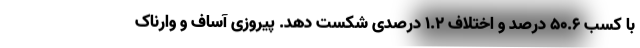
با کسب 50.6 درصد و اختلاف 1.2 درصدی شکست دهد. پیروزی آساف و وارناک